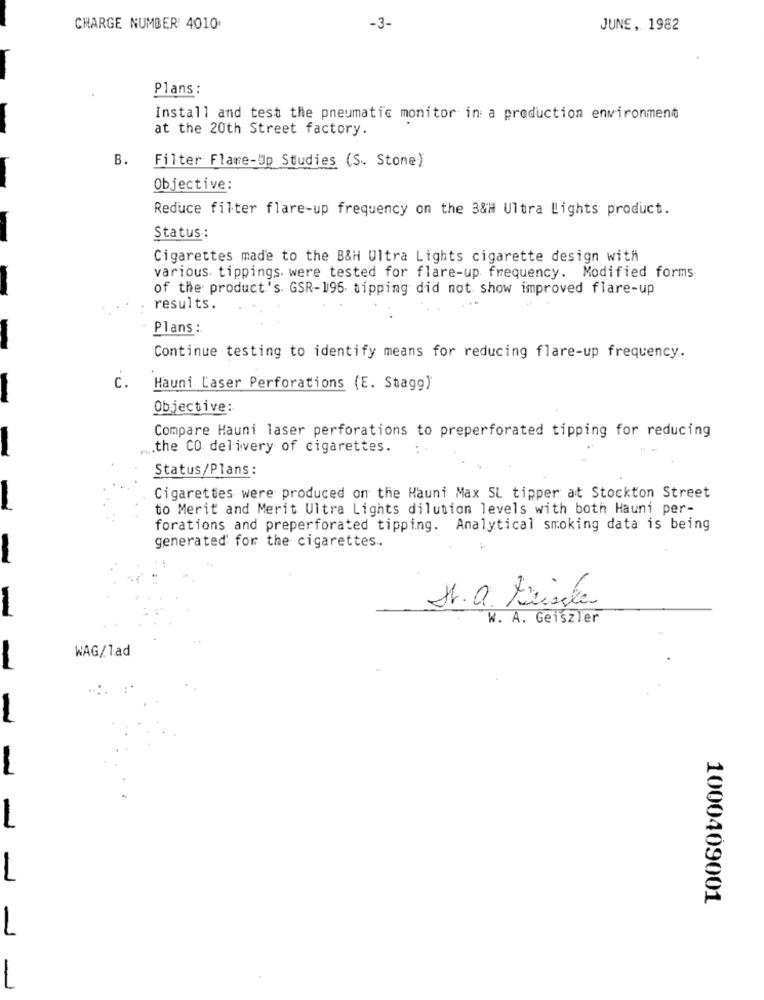
CHARGE NUMBER: 4010
-3-
JUNE, 1982
Plans :
Install and test the pneumatic monitor in a production environment
at the 20th Street factory.
Filter Flame-Up Studies (S. Stone)
Objective:
Reduce filter flare-up frequency on the 3&# Ultra Lights product.
Status:
Cigarettes made to the B&H Ultra Lights cigarette design with
various. tippings. were tested for flare-up frequency. Modified forms
of the product's GSR-195 tipping did not show improved flare-up
results.
Plans :
Continue testing to identify means for reducing flare-up frequency.
c.
Hauni Laser Perforations (E. Stagg)
Objective:
Compare Hauni laser perforations to preperforated tipping for reducing
.the CO delivery of cigarettes.
Status/Plans :
Cigarettes were produced on the Hauni Max SL tipper at Stockton Street
to Merit and Merit Ultra Lights dilution levels with both Hauni per-
forations and preperforated tipping. Analytical smoking data is being
generated for the cigarettes.
-
S.a. Laisser
W. A. Geiszler
WAG/1ad
-
1000409001
-1
-